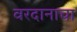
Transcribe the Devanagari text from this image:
वरदानाचा